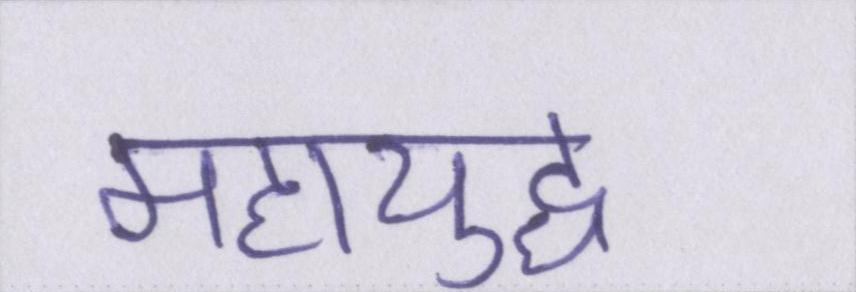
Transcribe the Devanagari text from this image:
महायुद्ध